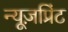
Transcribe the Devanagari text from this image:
न्यूज़प्रिंट